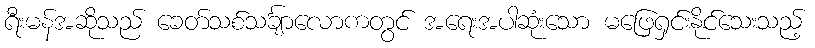
ရီးမန်အဆိုသည် ခေတ်သစ်သင်္ချာလောကတွင် အရေးအပါဆုံးသော မဖြေရှင်းနိုင်သေးသည့်